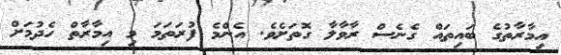
އިމާރާތުގެ ބައިތައް ގެނެސް ރާވާލާ ގޮތަށެވެ. އެންމެ ފުރަތަމަ މި އިމާރާތް ހެދުމަށް